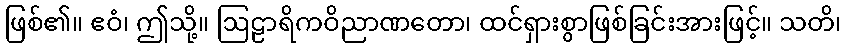
ဖြစ်၏။ ဧဝံ၊ ဤသို့။ ဩဠာရိကဝိညာဏတော၊ ထင်ရှားစွာဖြစ်ခြင်းအားဖြင့်။ သတိ၊